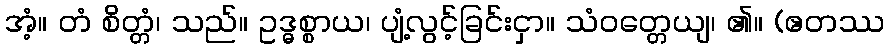
အံ့။ တံ စိတ္တံ၊ သည်။ ဥဒ္ဓစ္စာယ၊ ပျံ့လွင့်ခြင်းငှာ။ သံဝတ္တေယျ၊ ၏။ (ဧတဿ